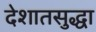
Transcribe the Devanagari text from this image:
देशातसुद्धा